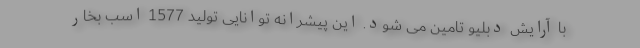
با آرایش دبلیو تامین می شود. این پیشرانه توانایی تولید 1577 اسب بخار